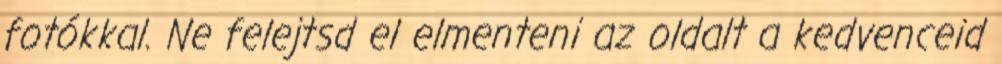
fotókkal. Ne felejtsd el elmenteni az oldalt a kedvenceid